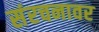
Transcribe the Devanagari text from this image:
संरचनावर